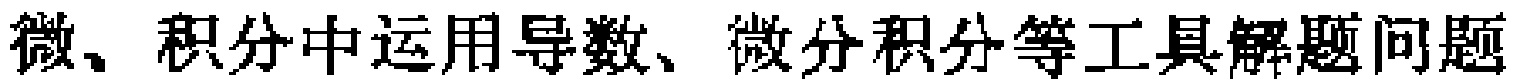
微、积分中运用导数、微分积分等工具解题问题